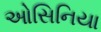
ઓસિનિયા